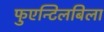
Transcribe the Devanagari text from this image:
फुएन्टिलबिला